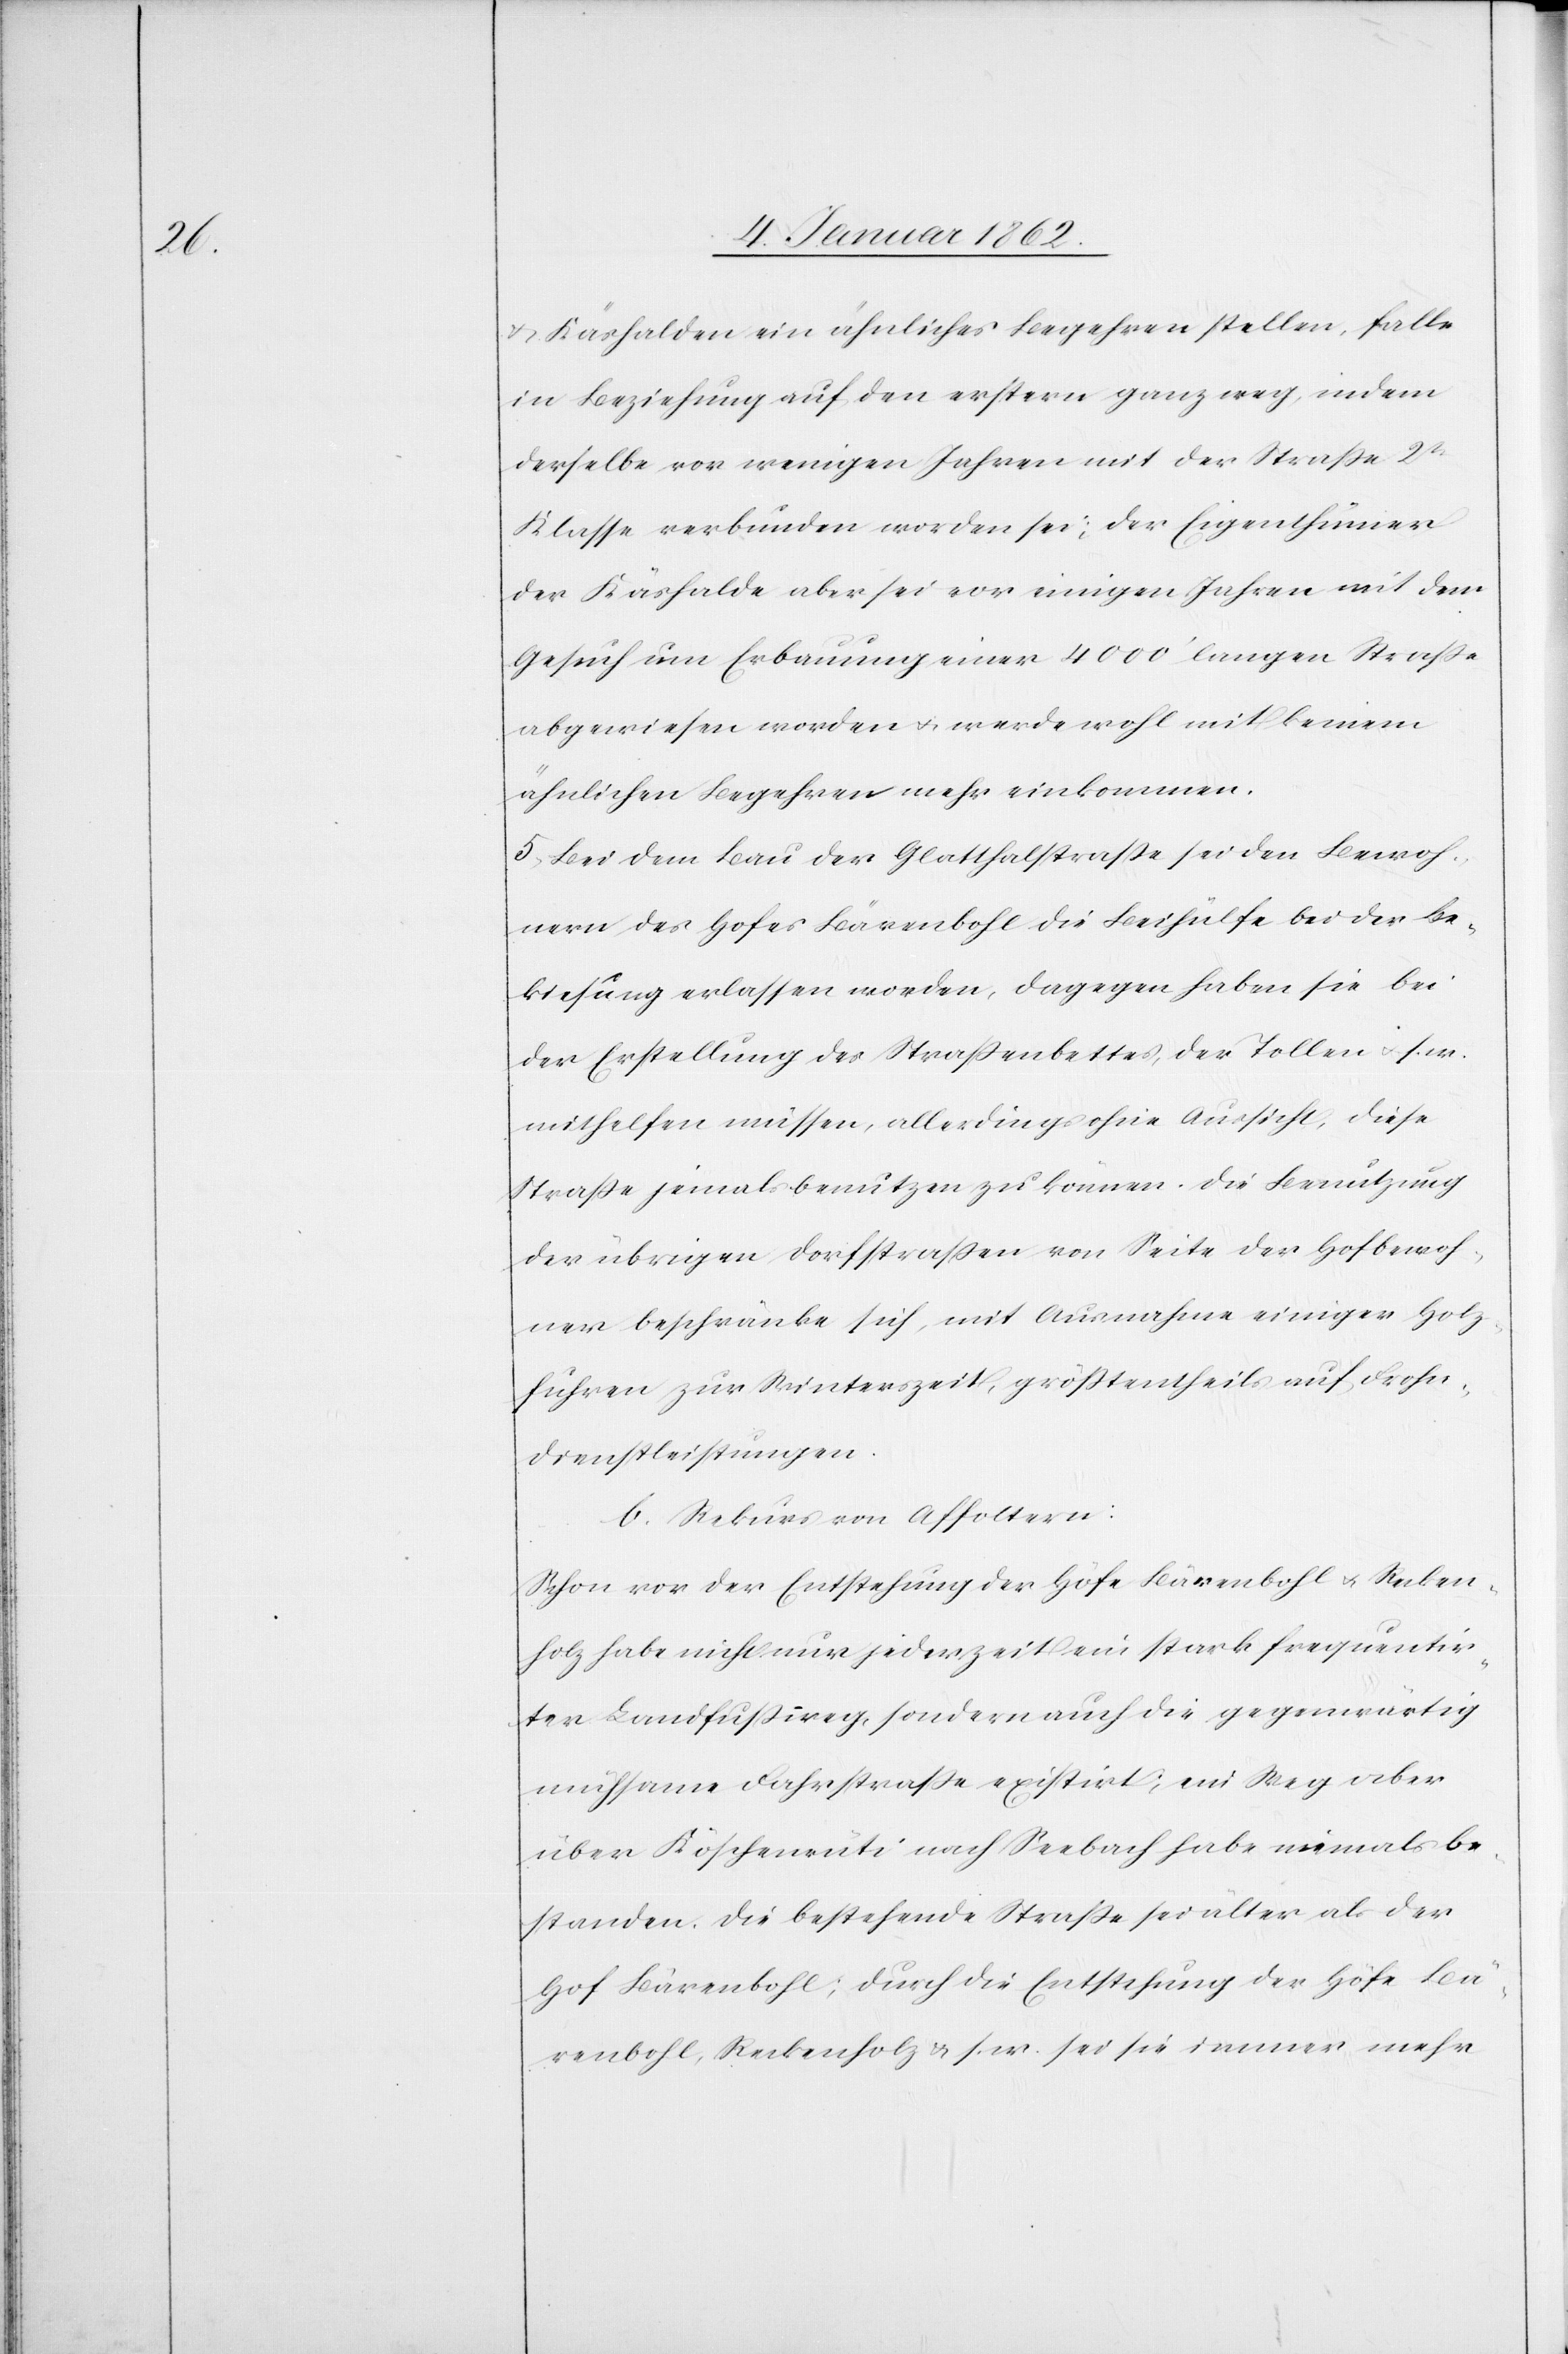
u. Käshalden ein ähnliches Begehren stellen, falle
in Beziehung auf den erstern ganz weg, indem
derselbe vor wenigen Jahren mit der Straße 2tr
Klasse verbunden worden sei; der Eigenthümer
der Käshalde aber sei vor einigen Jahren mit dem
Gesuch um Erbauung einer 4000‘ langen Straße
abgewiesen worden u. werde wohl mit keinem
ähnlichen Begehren mehr einkommen.
5. Bei dem Bau der Glatthalstraße sei den Bewoh¬
nern des Hofes Bärenbohl die Beihülfe bei der Be¬
kiesung erlassen worden, dagegen haben sie bei
der Erstellung des Straßenbettes, der Tollen u. s. w.
mithelfen müssen, allerdings ohne Aussicht, diese
Straße jemals benutzen zu können. Die Benutzung
der übrigen Dorfstraßen von Seite der Hofbewoh¬
ner beschränke sich, mit Ausnahme einiger Holz¬
fuhren zur Winterszeit, größtentheils auf Frohn¬
dienstleistungen.
b. Rekurs von Affoltern:
Schon vor der Entstehung der Höfe Bärenbohl u. Recken¬
holz habe nicht nur jederzeit ein stark frequentir¬
ter Landfußweg, sondern auch die gegenwärtig
mühsame Fahrstraße existirt; ein Weg aber
über Köschenrüti nach Seebach habe niemals be¬
standen. Die bestehende Straße sei älter als der
Hof Bärenbohl; durch die Entstehung der Höfe Bä¬
renbohl, Reckenholz u. s. w. sei sie immer mehr